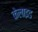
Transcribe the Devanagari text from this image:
केलाइड